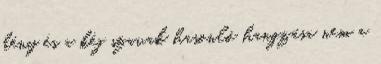
kény és a kéj szavak hasonló hangzása nem a